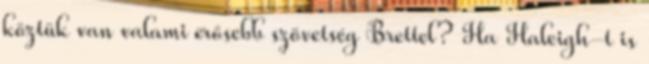
köztük van valami erősebb szövetség Brettel? Ha Haleigh-t is